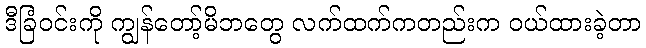
ဒီခြံဝင်းကို ကျွန်တော့်မိဘတွေ လက်ထက်ကတည်းက ဝယ်ထားခဲ့တာ